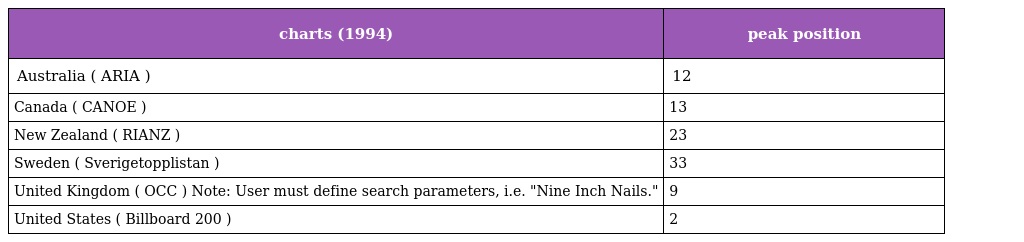
| charts (1994) | peak position |
 | --- | --- |
 | Australia ( ARIA ) | 12 |
 | Canada ( CANOE ) | 13 |
 | New Zealand ( RIANZ ) | 23 |
 | Sweden ( Sverigetopplistan ) | 33 |
 | United Kingdom ( OCC ) Note: User must define search parameters, i.e. "Nine Inch Nails." | 9 |
 | United States ( Billboard 200 ) | 2 |